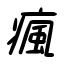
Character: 瘋